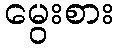
မွေးစား